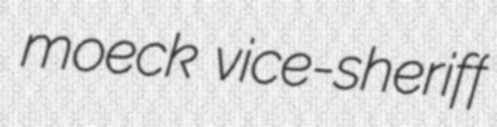
moeck vice-sheriff